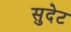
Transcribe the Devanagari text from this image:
सुदेट